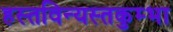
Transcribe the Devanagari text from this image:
हस्तविन्यस्तकुम्भा